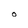
Character: O